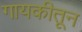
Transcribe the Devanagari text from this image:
गायकीतून